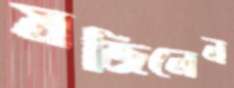
মজিলেন